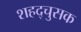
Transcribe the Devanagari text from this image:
शहद्चुसक